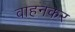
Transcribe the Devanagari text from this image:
वाहनकर